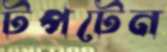
টপটেন